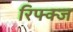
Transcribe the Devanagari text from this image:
रिफ्क्ज